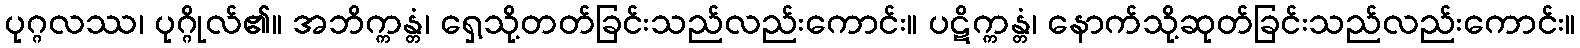
ပုဂ္ဂလဿ၊ ပုဂ္ဂိုလ်၏။ အဘိက္ကန္တံ၊ ရှေ့သို့တတ်ခြင်းသည်လည်းကောင်း။ ပဋိက္ကန္တံ၊ နောက်သို့ဆုတ်ခြင်းသည်လည်းကောင်း။